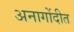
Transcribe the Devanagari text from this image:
अनागोंदीत